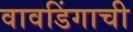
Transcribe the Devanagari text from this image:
वावडिंगाची